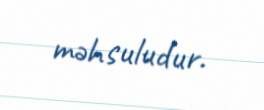
məhsuludur.